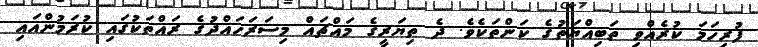
ފުރިހަމަ ކުރެއްވި ތަބިއްޔަތުގެ ކަންތަކެވެ. ދެ ތިޔަރީގެ މައްޗައް މިސަރަހައްދުގެ ރައްތަކުގައި ކުރަމުންއައި